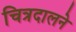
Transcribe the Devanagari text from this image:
चित्रदालने